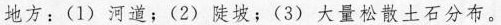
地方：(1)河道；(2)陡坡；(3)大量松散土石分布。